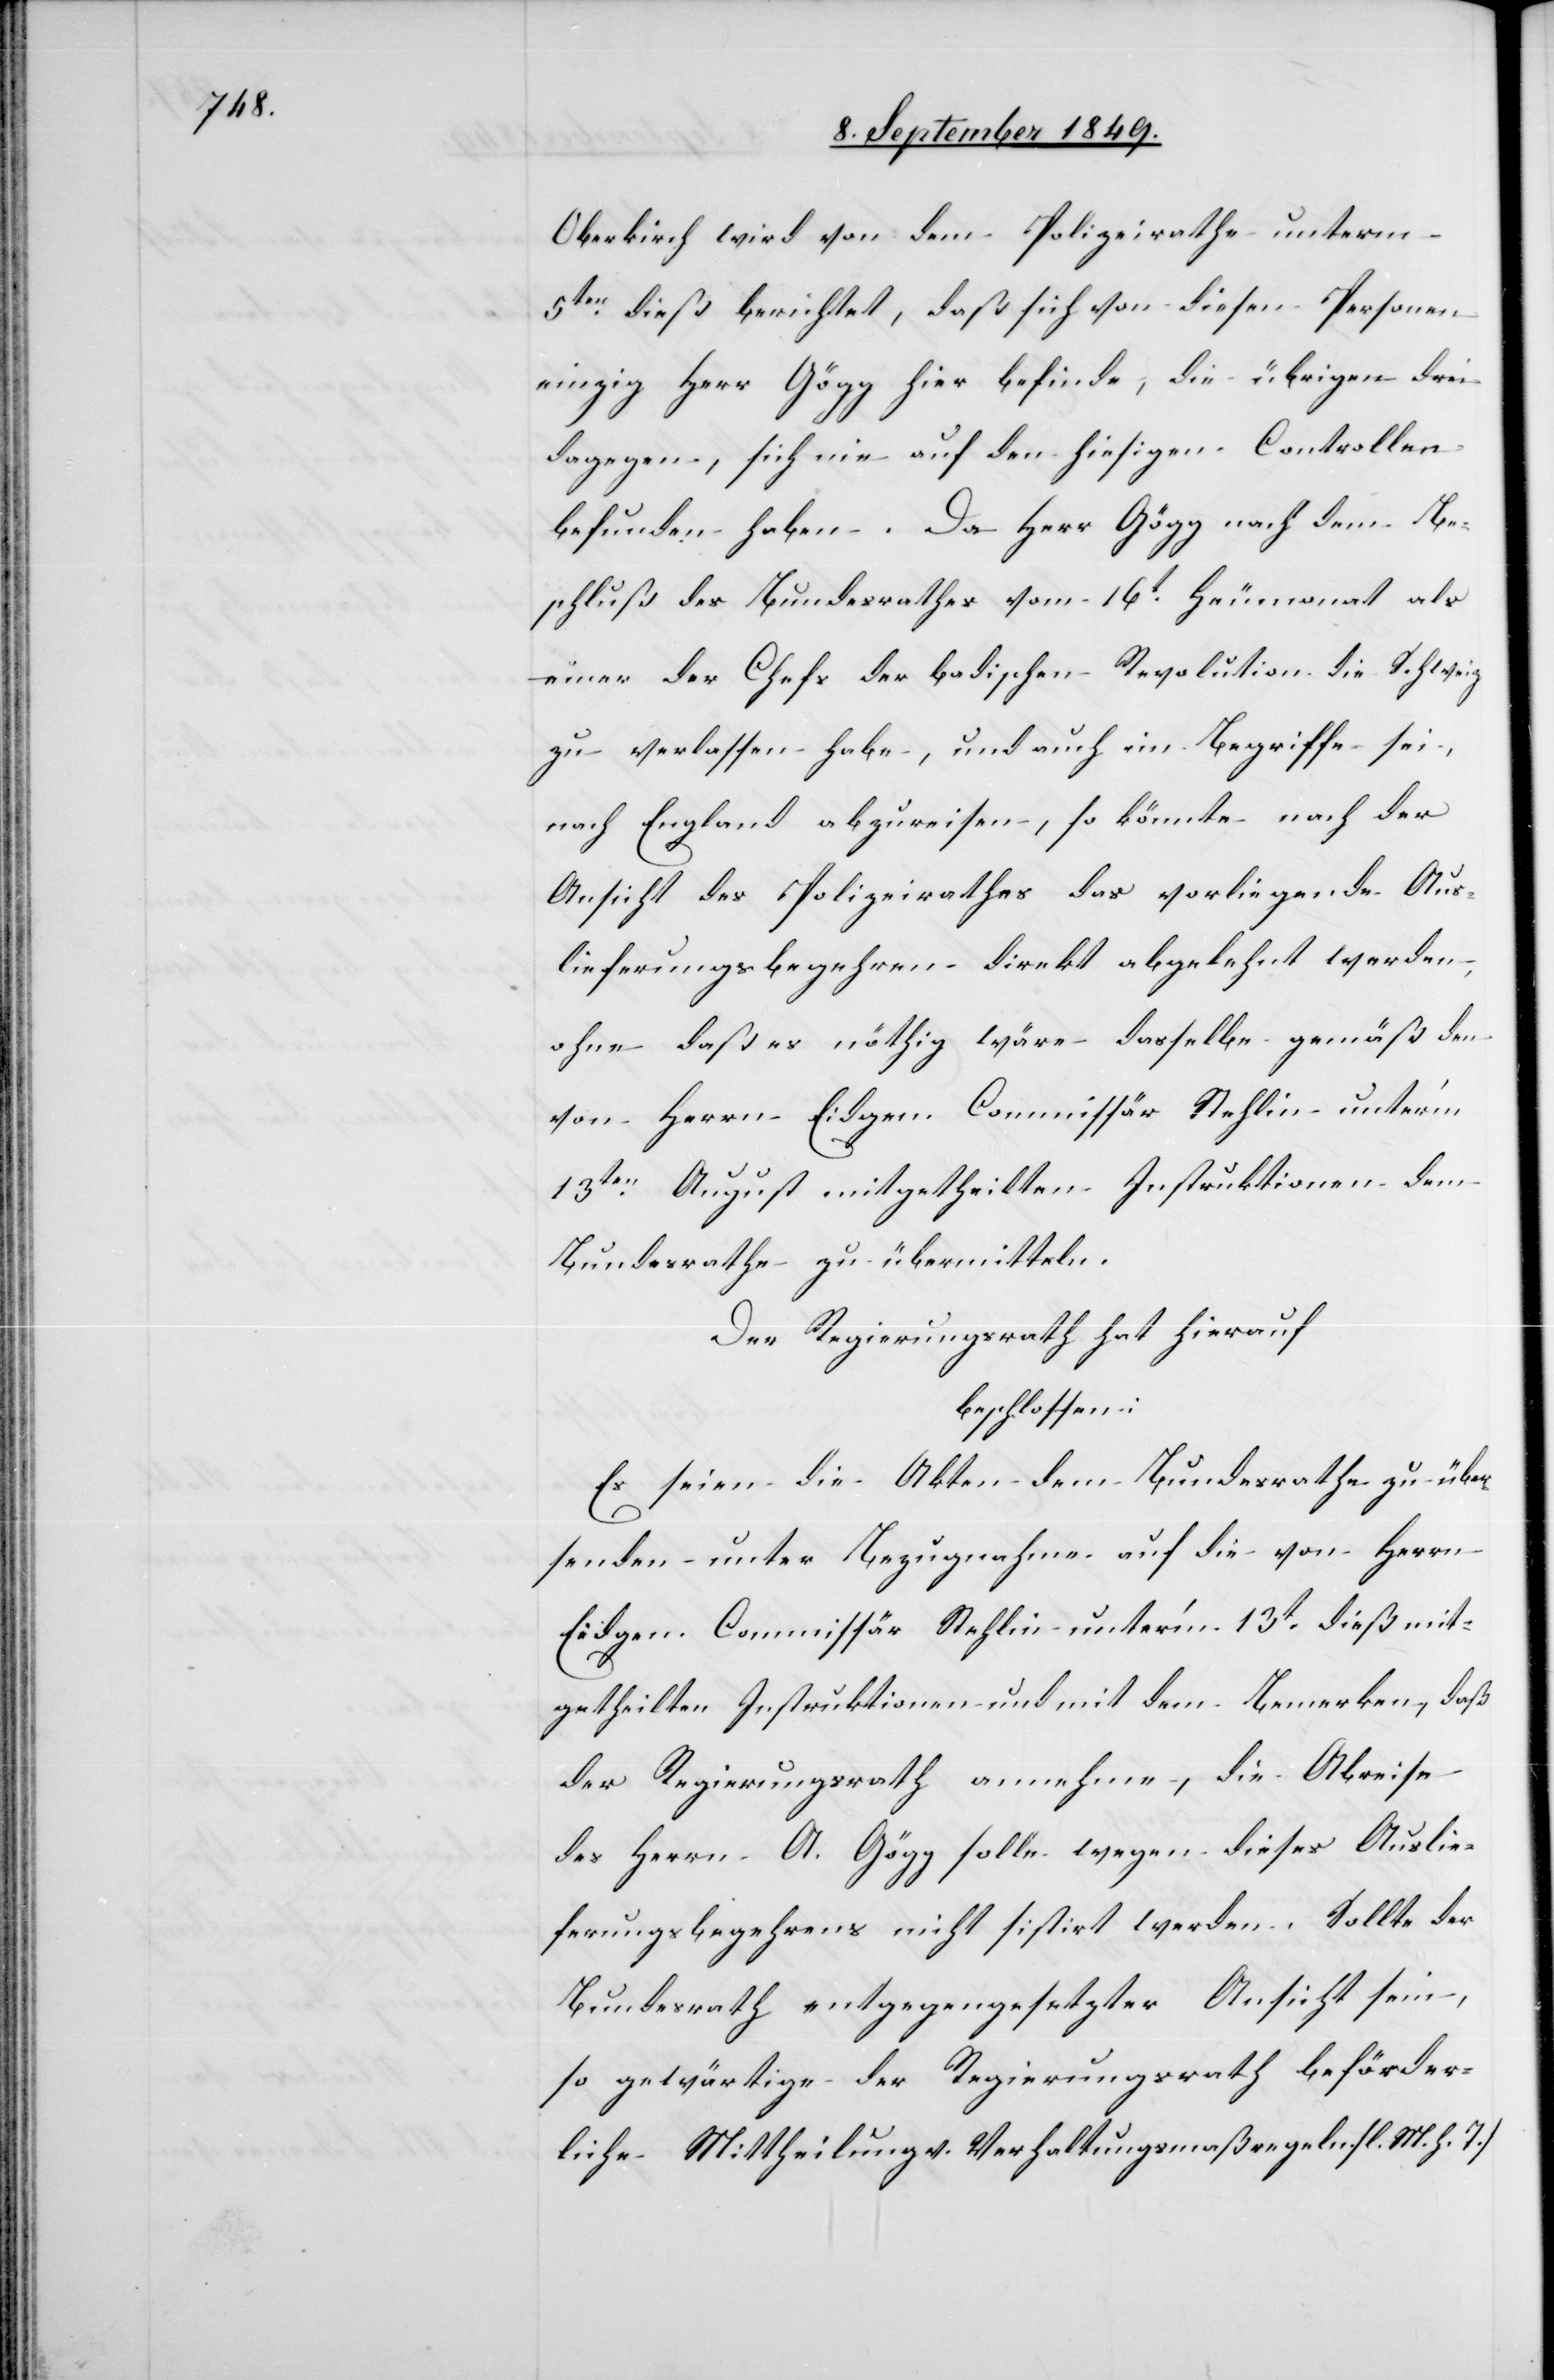
Oberkirch wird von dem Polizeirathe unterm
5ten dieß berichtet, daß sich von diesen Personen
einzig Herr Gögg hier befinde, die übrigen drei
dagegen, sich nie auf den hiesigen Controllen
befunden haben. Da Herr Gögg nach dem Be¬
schluß des Bundesrathes vom 16t Heumonat als
einer der Chefs der badischen Revolution die Schweiz
zu verlassen habe, und auch im Begriffe sei,
nach England abzureisen, so könnte nach der
Ansicht des Polizeirathes das vorliegende Aus¬
lieferungsbegehren direkt abgelehnt werden,
ohne daß es nöthig wäre dasselbe gemäß den
von Herrn Eidgen. Commissär Stehlin unter’m
13ten August mitgetheilten Instruktionen dem
Bundesrathe zu übermitteln.
Der Regierungsrath hat hierauf
beschlossen:
Es seien die Akten dem Bundesrathe zu über¬
senden unter Bezugnahme auf die von Herrn
Eidgen. Commissär Stehlin unter’m 13t dieß mit¬
getheilten Instruktionen und mit dem Bemerken, daß
der Regierungsrath annehme, die Abreise
des Herrn A. Gögg solle wegen dieses Auslie¬
ferungsbegehrens nicht sistirt werden. Sollte der
Bundesrath entgegengesetzter Ansicht sein,
so gewärtige der Regierungsrath beförder¬
liche Mittheilung v. Verhaltungsmaßregeln. [l. M. h. T]